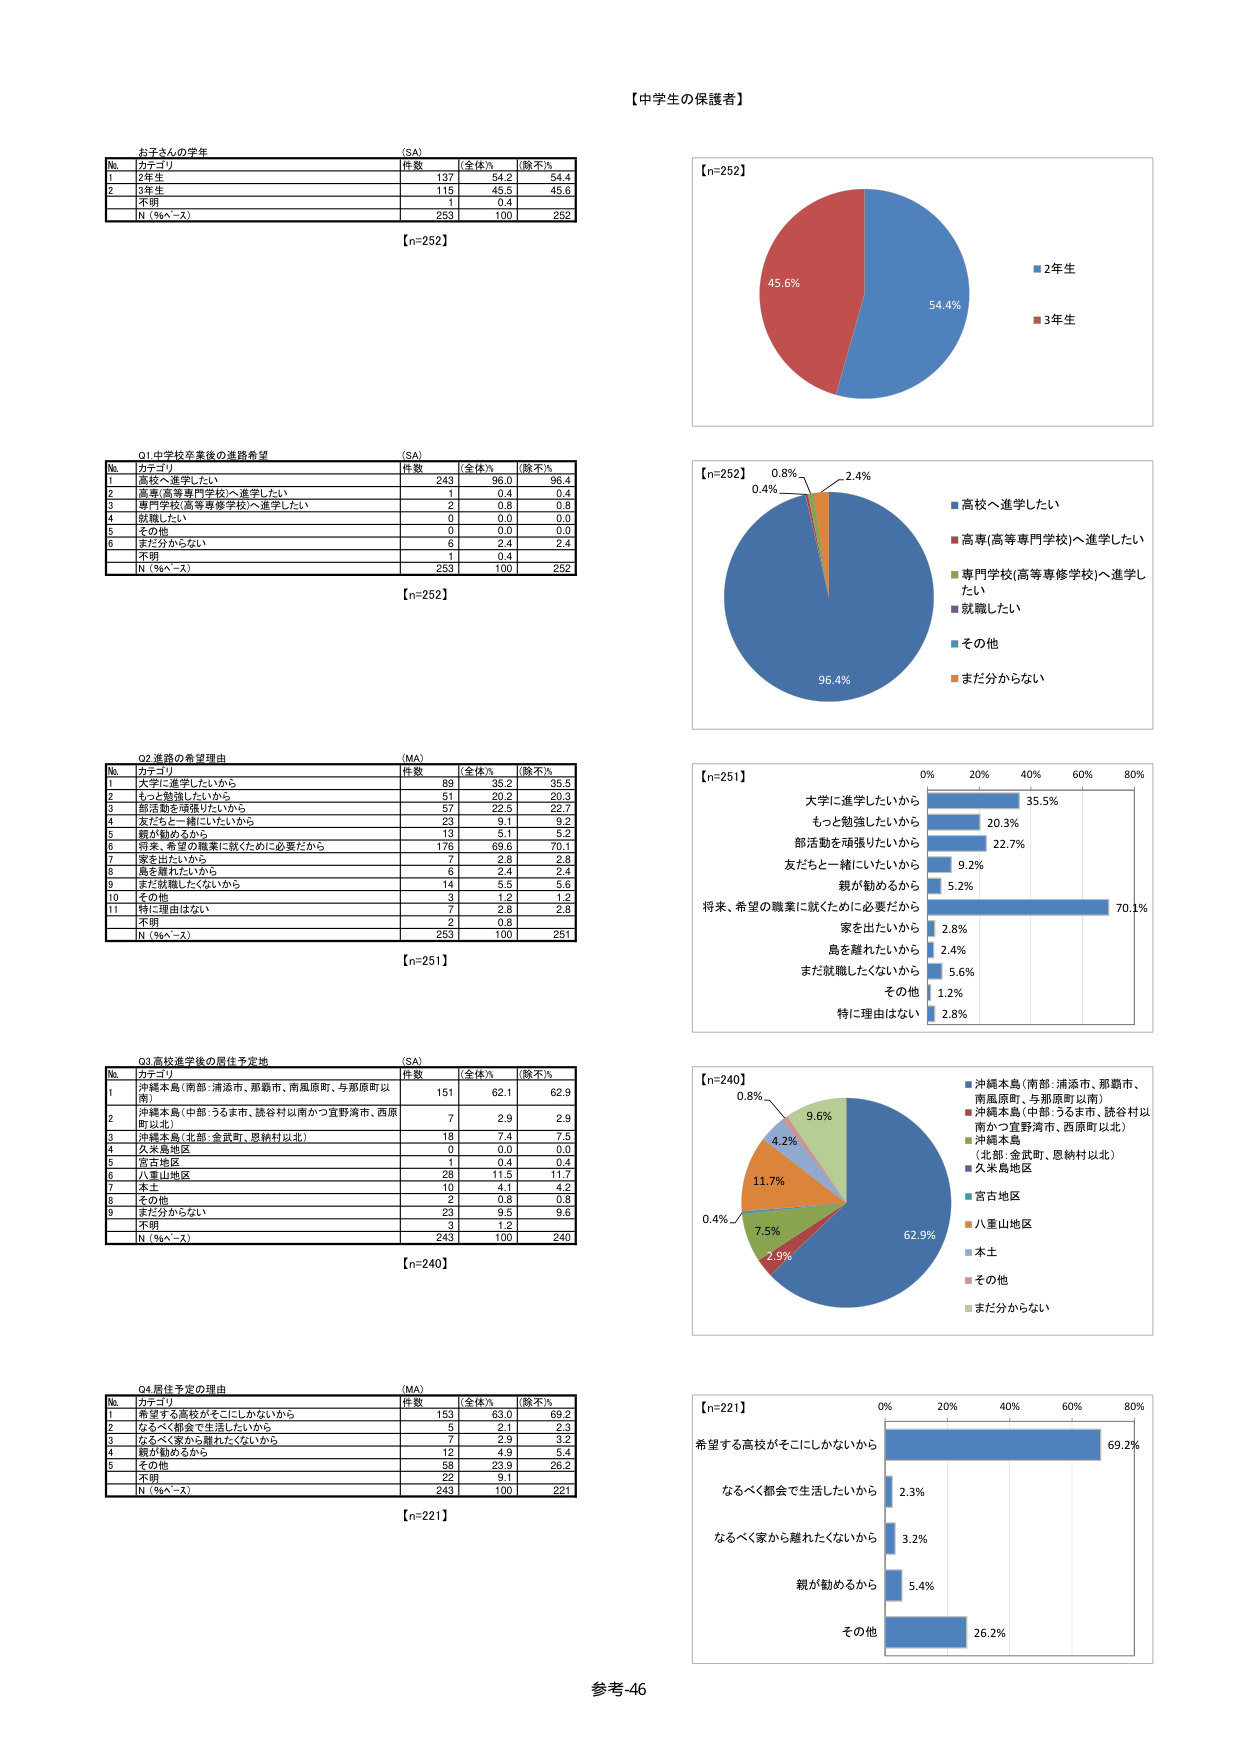
【中学生の保護者】

お子さんの学年 (SA)
No. カテゴリ 件数 全体% (除不)%
1 2年生 137 54.2 54.4
2 3年生 115 45.5 45.6
3 不明 1 0.4
N（％ベース） 253 100 252
【n=252】

01 中学校卒業後の進路希望 (SA)
No. カテゴリ 件数 全体% (除不)%
1 高校へ進学したい 243 96.0 96.4
2 高専(高等専門学校)へ進学したい 51 20.2 20.3
3 専門学校(高等専修学校)へ進学したい 2 0.8 0.8
4 就職したい 0 0.0 0.0
5 その他 0 0.0 0.0
6 まだ分からない 6 2.4 2.4
7 不明 1 0.4
N（％ベース） 253 100 252
【n=252】

02 進路の希望理由 (MA)
No. カテゴリ 件数 全体% (除不)%
1 大学に進学したいから 89 35.2 35.5
2 もっと勉強したいから 51 20.2 20.3
3 部活動を頑張りたいから 57 22.5 22.7
4 友だちと一緒にいたいから 23 9.1 9.2
5 親が勧めるから 13 5.1 5.2
6 将来、希望の職業に就くために必要だから 176 69.6 70.1
7 家を出たいから 7 2.8 2.8
8 島を離れたいから 6 2.4 2.4
9 まだ就職したくないから 14 5.5 5.6
10 その他 3 1.2 1.2
11 特に理由はない 7 2.8 2.8
不明 2 0.8
N（％ベース） 253 100 251
【n=251】

03 高校進学後の居住予定地 (SA)
No. カテゴリ 件数 全体% (除不)%
1 沖縄本島（南部：浦添市、那覇市、南風原町、与那原町以南） 151 62.1 62.9
2 沖縄本島（中部：うるま市、読谷村以南かつ宜野湾市、西原町以北） 7 2.9 2.9
3 沖縄本島（北部：金武町、恩納村以北） 18 7.4 7.5
4 久米島地区 0 0.0 0.0
5 宮古地区 1 0.4 0.4
6 八重山地区 28 11.5 11.7
7 本土 10 4.1 4.2
8 その他 2 0.8 0.8
9 まだ分からない 23 9.5 9.6
不明 3 1.2
N（％ベース） 243 100 240
【n=240】

04 居住予定の理由 (MA)
No. カテゴリ 件数 全体% (除不)%
1 希望する高校がそこにしかないから 153 63.0 69.2
2 なるべく都会で生活したいから 5 2.1 2.3
3 なるべく家から離れたくないから 7 2.9 3.2
4 親が勧めるから 12 4.9 5.4
5 その他 58 23.9 26.2
不明 22 9.1
N（％ベース） 243 100 221
【n=221】

【n=252】
45.6% 54.4%
■ 2年生
■ 3年生

【n=252】
0.8% 2.4%
0.4%
96.4%
■ 高校へ進学したい
■ 高専(高等専門学校)へ進学したい
■ 専門学校(高等専修学校)へ進学したい
■ 就職したい
■ その他
■ まだ分からない

【n=251】
0% 20% 40% 60% 80%
大学に進学したいから 35.5%
もっと勉強したいから 20.3%
部活動を頑張りたいから 22.7%
友だちと一緒にいたいから 9.2%
親が勧めるから 5.2%
将来、希望の職業に就くために必要だから 70.1%
家を出たいから 2.8%
島を離れたいから 2.4%
まだ就職したくないから 5.6%
その他 1.2%
特に理由はない 2.8%

【n=240】
0.8%
9.6%
4.2%
11.7%
0.4%
7.5%
2.9%
62.9%
■ 沖縄本島（南部：浦添市、那覇市、南風原町、与那原町以南）
■ 沖縄本島（中部：うるま市、読谷村以南かつ宜野湾市、西原町以北）
■ 沖縄本島（北部：金武町、恩納村以北）
■ 久米島地区
■ 宮古地区
■ 八重山地区
■ 本土
■ その他
■ まだ分からない

【n=221】
0% 20% 40% 60% 80%
希望する高校がそこにしかないから 69.2%
なるべく都会で生活したいから 2.3%
なるべく家から離れたくないから 3.2%
親が勧めるから 5.4%
その他 26.2%

参考-46